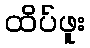
ထိပ်ဖူး